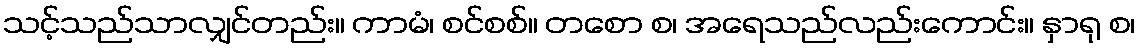
သင့်သည်သာလျှင်တည်း။ ကာမံ၊ စင်စစ်။ တစော စ၊ အရေသည်လည်းကောင်း။ နှာရု စ၊